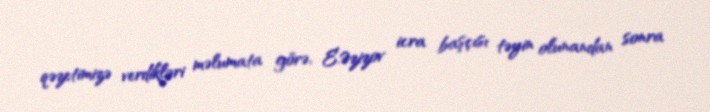
qəzetimizə verdikləri məlumata görə, E.Əzizov icra başçısı təyin olunandan sonra